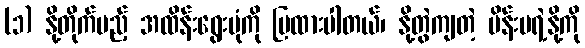
(၁) နို့တိုက်မည့် အထိန်းရွေးပုံကို ပြထားပါတယ်၊ နို့တွဲကျတဲ့ မိန်းမရဲ့နို့ကို